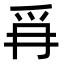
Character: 𭶪